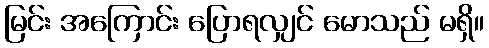
မြင်း အကြောင်း ပြောရလျှင် မောသည် မရှိ။